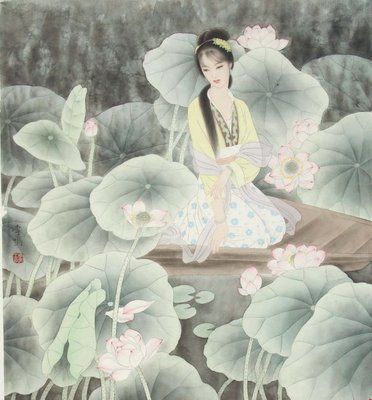
镜湖三百里，菡萏发荷花。